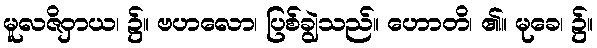
မူလဇိဝှာယ၊ ၌။ ဗဟလော၊ ပြစ်ချွဲသည်။ ဟောတိ၊ ၏။ မုခေ၊ ၌။